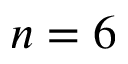
n = 6